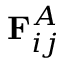
\mathbf { F } _ { i j } ^ { A }